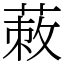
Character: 蓛